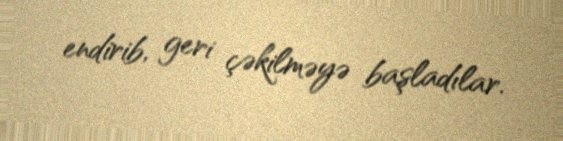
endirib, geri çəkilməyə başladılar.